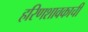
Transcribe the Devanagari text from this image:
हरिणशावकाची